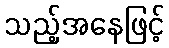
သည့်အနေဖြင့်